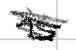
Text: is
Cross-out: scratch
Writing tool: digital_black